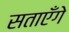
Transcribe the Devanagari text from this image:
सताएँगे